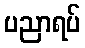
ပညာရပ်